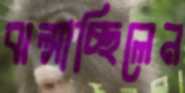
ঝল্‌সাচ্ছিলেন